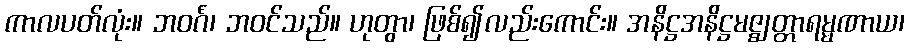
ကာလပတ်လုံး။ ဘဝင်္ဂံ၊ ဘဝင်သည်။ ဟုတွာ၊ ဖြစ်၍လည်းကောင်း။ အနိဋ္ဌအနိဋ္ဌမဇ္ဈတ္တာရမ္မဏာယ၊